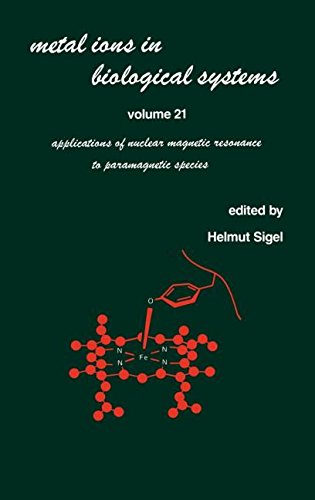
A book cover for Metal Ions in Biological Systems: Volume 21: Applications of Magnetic Resonance to Paramagnetic Species; Science & Math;